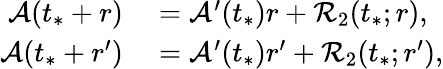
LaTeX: \begin{array}{rl}{\mathcal{A}(t_{*}+r)}&{{}=\mathcal{A}^{\prime}(t_{*})r+\mathcal{R}_{2}(t_{*};r),}\\ {\mathcal{A}(t_{*}+r^{\prime})}&{{}=\mathcal{A}^{\prime}(t_{*})r^{\prime}+\mathcal{R}_{2}(t_{*};r^{\prime}),}\end{array}